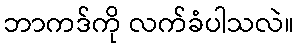
ဘာကဒ်ကို လက်ခံပါသလဲ။